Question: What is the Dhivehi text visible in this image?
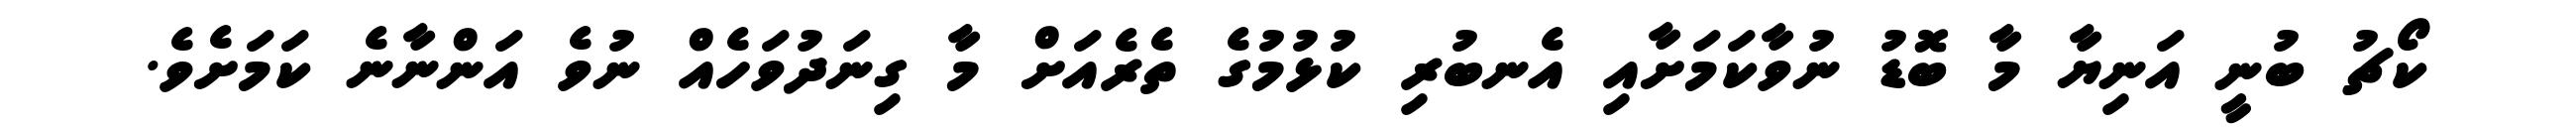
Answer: ކޯޗު ބުނީ އަނިޔާ މާ ބޮޑު ނުވާކަމަށާއި އެނބުރި ކުޅުމުގެ ތެރެއަށް މާ ގިނަދުވަހެއް ނުވެ އަންނާނެ ކަމަށެވެ.